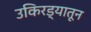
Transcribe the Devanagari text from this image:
उकिरड्यातून